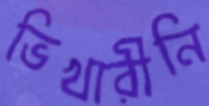
ভিখারীনি